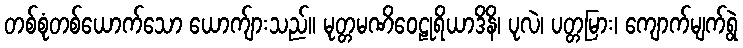
တစ်စုံတစ်ယောက်သော ယောက်ျားသည်။ မုတ္တမဏိဝေဠုရိယာဒိနိ၊ ပုလဲ၊ ပတ္တမြား၊ ကျောက်မျက်ရွဲ